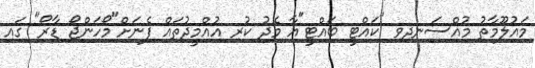
މައުލޫމާތު މުއްސަނދިވި "ކައްޓީ ބައްޓީ"އާ މެދު ކުރި އުއްމީދުތައް ފެނަށް"މޯހަންޖޯ ޑާރޯ" ގައި